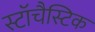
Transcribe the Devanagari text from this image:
स्टॉचैस्टिक